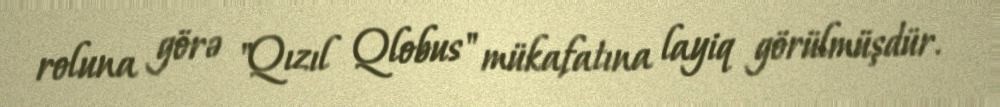
roluna görə "Qızıl Qlobus" mükafatına layiq görülmüşdür.